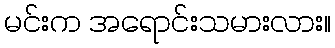
မင်းက အရောင်းသမားလား။